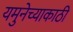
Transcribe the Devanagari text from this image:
यमुनेच्याकाठी